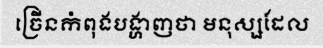
ច្រើនកំពុងបង្ហាញថា មនុស្សដែល